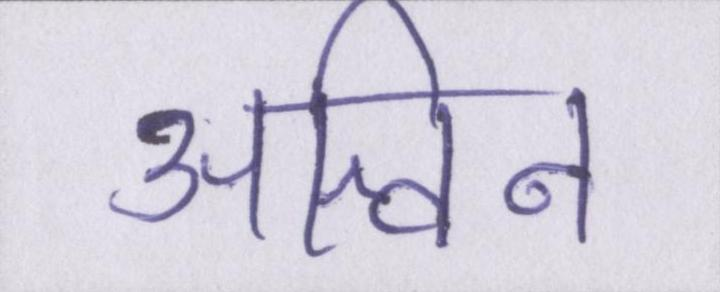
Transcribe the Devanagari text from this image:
अश्विन